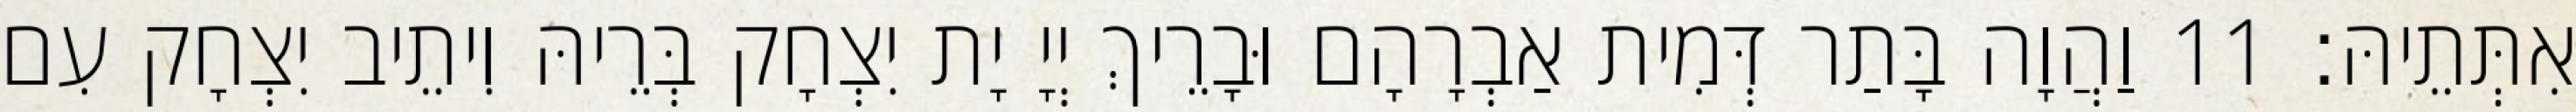
אִתְּתֵיהּ׃ 11 וַהֲוָה בָּתַר דְּמִית אַבְרָהָם וּבָרֵיךְ יְיָ יָת יִצְחָק בְּרֵיהּ וִיתֵיב יִצְחָק עִם